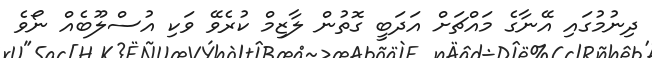
ދިނުމުގައި އޭނާގެ މައްޗަށް އަދަބީ ގޮތުން ލާޒިމް ކުރެވޭ ވަކި އުސްލޫބެއް ނޯވެ